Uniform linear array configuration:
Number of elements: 48
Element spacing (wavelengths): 0.25
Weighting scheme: uniform
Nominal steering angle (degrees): -30
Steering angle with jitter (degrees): -28.412
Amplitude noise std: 0.05
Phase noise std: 0.05

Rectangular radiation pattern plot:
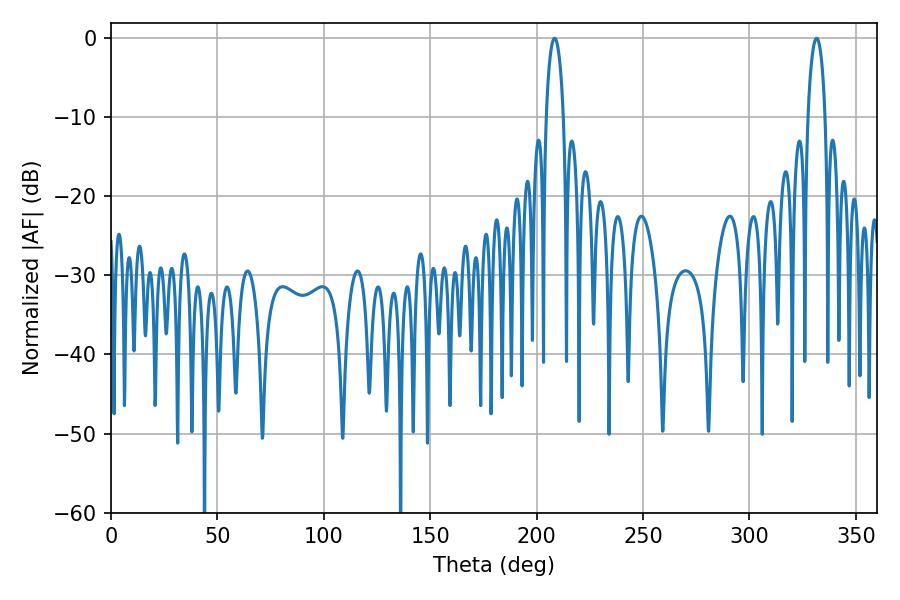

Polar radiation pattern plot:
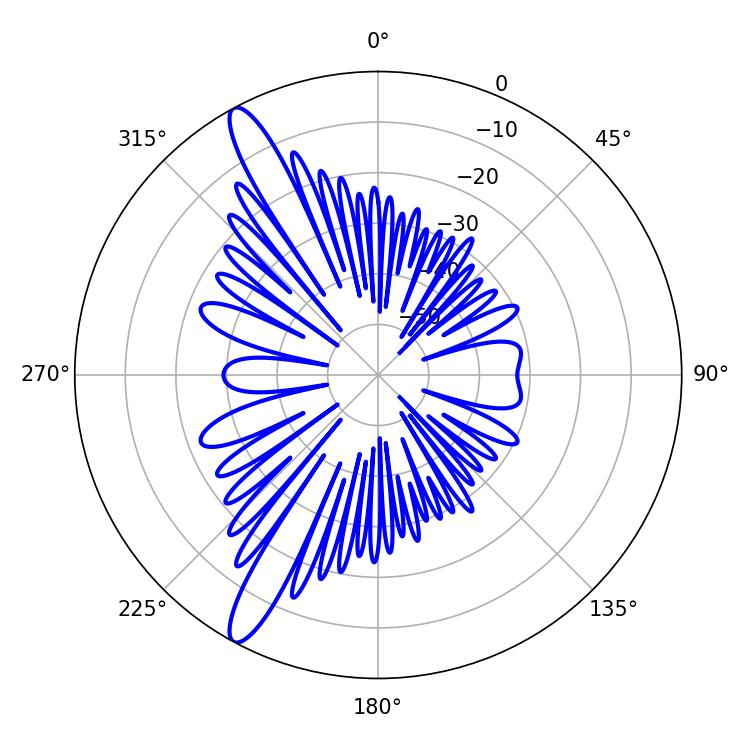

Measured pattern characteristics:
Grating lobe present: FALSE
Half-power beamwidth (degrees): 4.68
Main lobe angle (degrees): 208.44